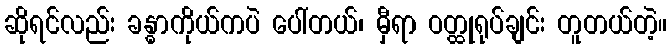
ဆိုရင်လည်း ခန္ဓာကိုယ်ကပဲ ပေါ်တယ်၊ မှီရာ ဝတ္ထုရုပ်ချင်း တူတယ်တဲ့။